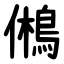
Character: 鵂